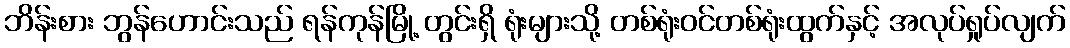
ဘိန်းစား ဘွန်ဟောင်းသည် ရန်ကုန်မြို့ တွင်းရှိ ရုံးများသို့ တစ်ရုံးဝင်တစ်ရုံးထွက်နှင့် အလုပ်ရှုပ်လျက်